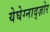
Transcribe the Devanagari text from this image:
येघेग्नाद्ज़ोर